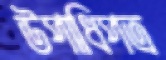
উপাধিপত্র